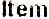
ITEM